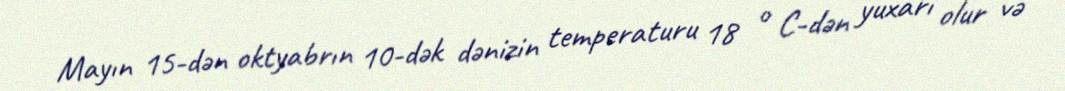
Mayın 15-dən oktyabrın 10-dək dənizin temperaturu 18 ° C-dən yuxarı olur və